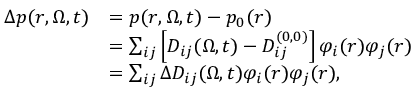
\begin{array} { r l } { \Delta p ( r , \boldsymbol { \Omega } , t ) } & { = p ( r , \boldsymbol { \Omega } , t ) - p _ { 0 } ( r ) } \\ & { = \sum _ { i j } \left[ D _ { i j } ( \boldsymbol { \Omega } , t ) - D _ { i j } ^ { ( 0 , 0 ) } \right] \varphi _ { i } ( r ) \varphi _ { j } ( r ) } \\ & { = \sum _ { i j } \Delta D _ { i j } ( \boldsymbol { \Omega } , t ) \varphi _ { i } ( r ) \varphi _ { j } ( r ) , } \end{array}